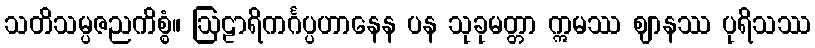
သတိသမ္ပဇညကိစ္စံ။ ဩဠာရိကင်္ဂပ္ပဟာနေန ပန သုခုမတ္တာ ဣမဿ ဈာနဿ ပုရိသဿ